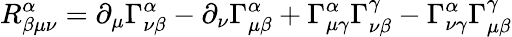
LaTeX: R_{\beta\mu\nu}^{\alpha}=\partial_{\mu}\Gamma_{\nu\beta}^{\alpha}-\partial_{\nu}\Gamma_{\mu\beta}^{\alpha}+\Gamma_{\mu\gamma}^{\alpha}\Gamma_{\nu\beta}^{\gamma}-\Gamma_{\nu\gamma}^{\alpha}\Gamma_{\mu\beta}^{\gamma}